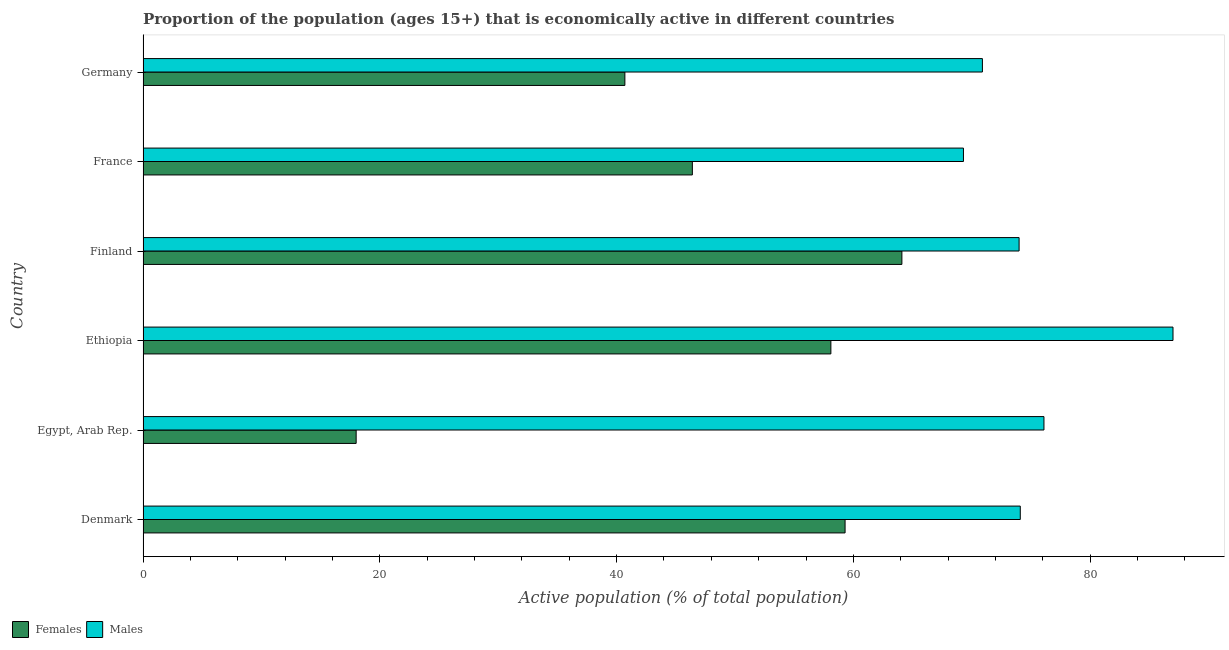
| Country | Females | Males |
 | --- | --- | --- |
 | Denmark | 59.3 | 74.1 |
 | Egypt, Arab Rep. | 18 | 76.1 |
 | Ethiopia | 58.1 | 87 |
 | Finland | 64.1 | 74 |
 | France | 46.4 | 69.3 |
 | Germany | 40.7 | 70.9 |